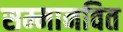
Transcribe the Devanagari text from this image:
सम्मानवित